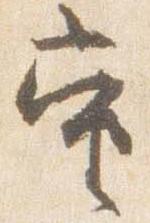
当